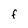
Character: f